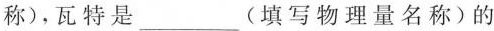
称)，瓦特是___(填写物理量名称)的